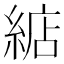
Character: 𦁦